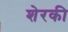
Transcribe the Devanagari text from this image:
शेरकी